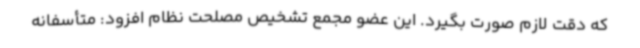
که دقت لازم صورت بگیرد. این عضو مجمع تشخیص مصلحت نظام افزود: متأسفانه